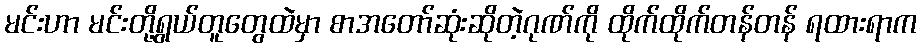
မင်းဟာ မင်းတို့ရွယ်တူတွေထဲမှာ စာအတော်ဆုံးဆိုတဲ့ဂုဏ်ကို ထိုက်ထိုက်တန်တန် ရထားရာက